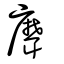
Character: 𦗕